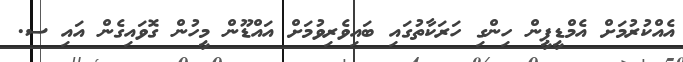
އެއްކުރުމަށް އެމްޑީޕީން ހިންގި ހަރަކާތުގައި ބައިވެރިވުމަށް އައްޑޫން މީހުން ގޮވައިގެން އައި ސ.